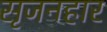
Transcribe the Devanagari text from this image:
सृजनहार